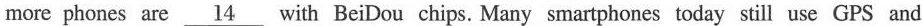
more phones are \underline{14} with Bei Dou chips. Many smartphones today still use GPS and